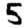
Digit: 5